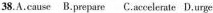
38.A.cause B.prepare C.accelerate D.urge